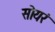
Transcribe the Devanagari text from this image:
सोयरं